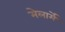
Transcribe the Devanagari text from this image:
मेलार्मे